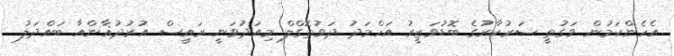
އެހެންކަމުން ވަގުތީ ސަރުކާރުގެ ބޮޑުވަޒީރު އަހްމަދު ދަވުތޮގްލް މިއަދުވަނީ ރައީސް އުރުދުޣާންއާ ބައްދަލު